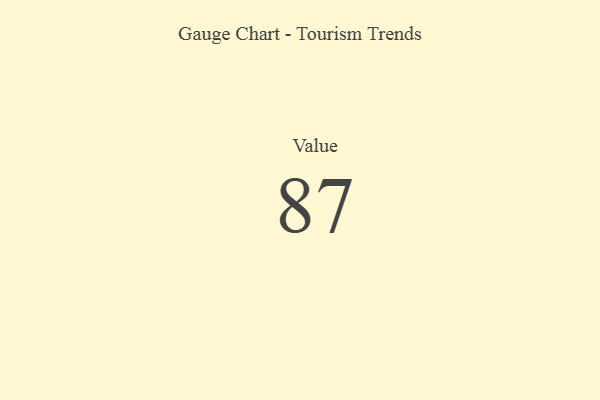
{"axis": {"x": "Metric", "y": "Value"}, "legend": [""], "data": [{"x": "Value", "y": 87, "type": ""}]}